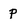
Character: p